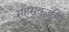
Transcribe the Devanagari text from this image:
सहस्रकुंडीय